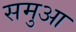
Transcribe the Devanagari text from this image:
समुआ